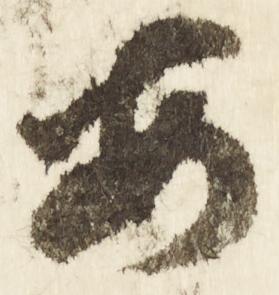
安